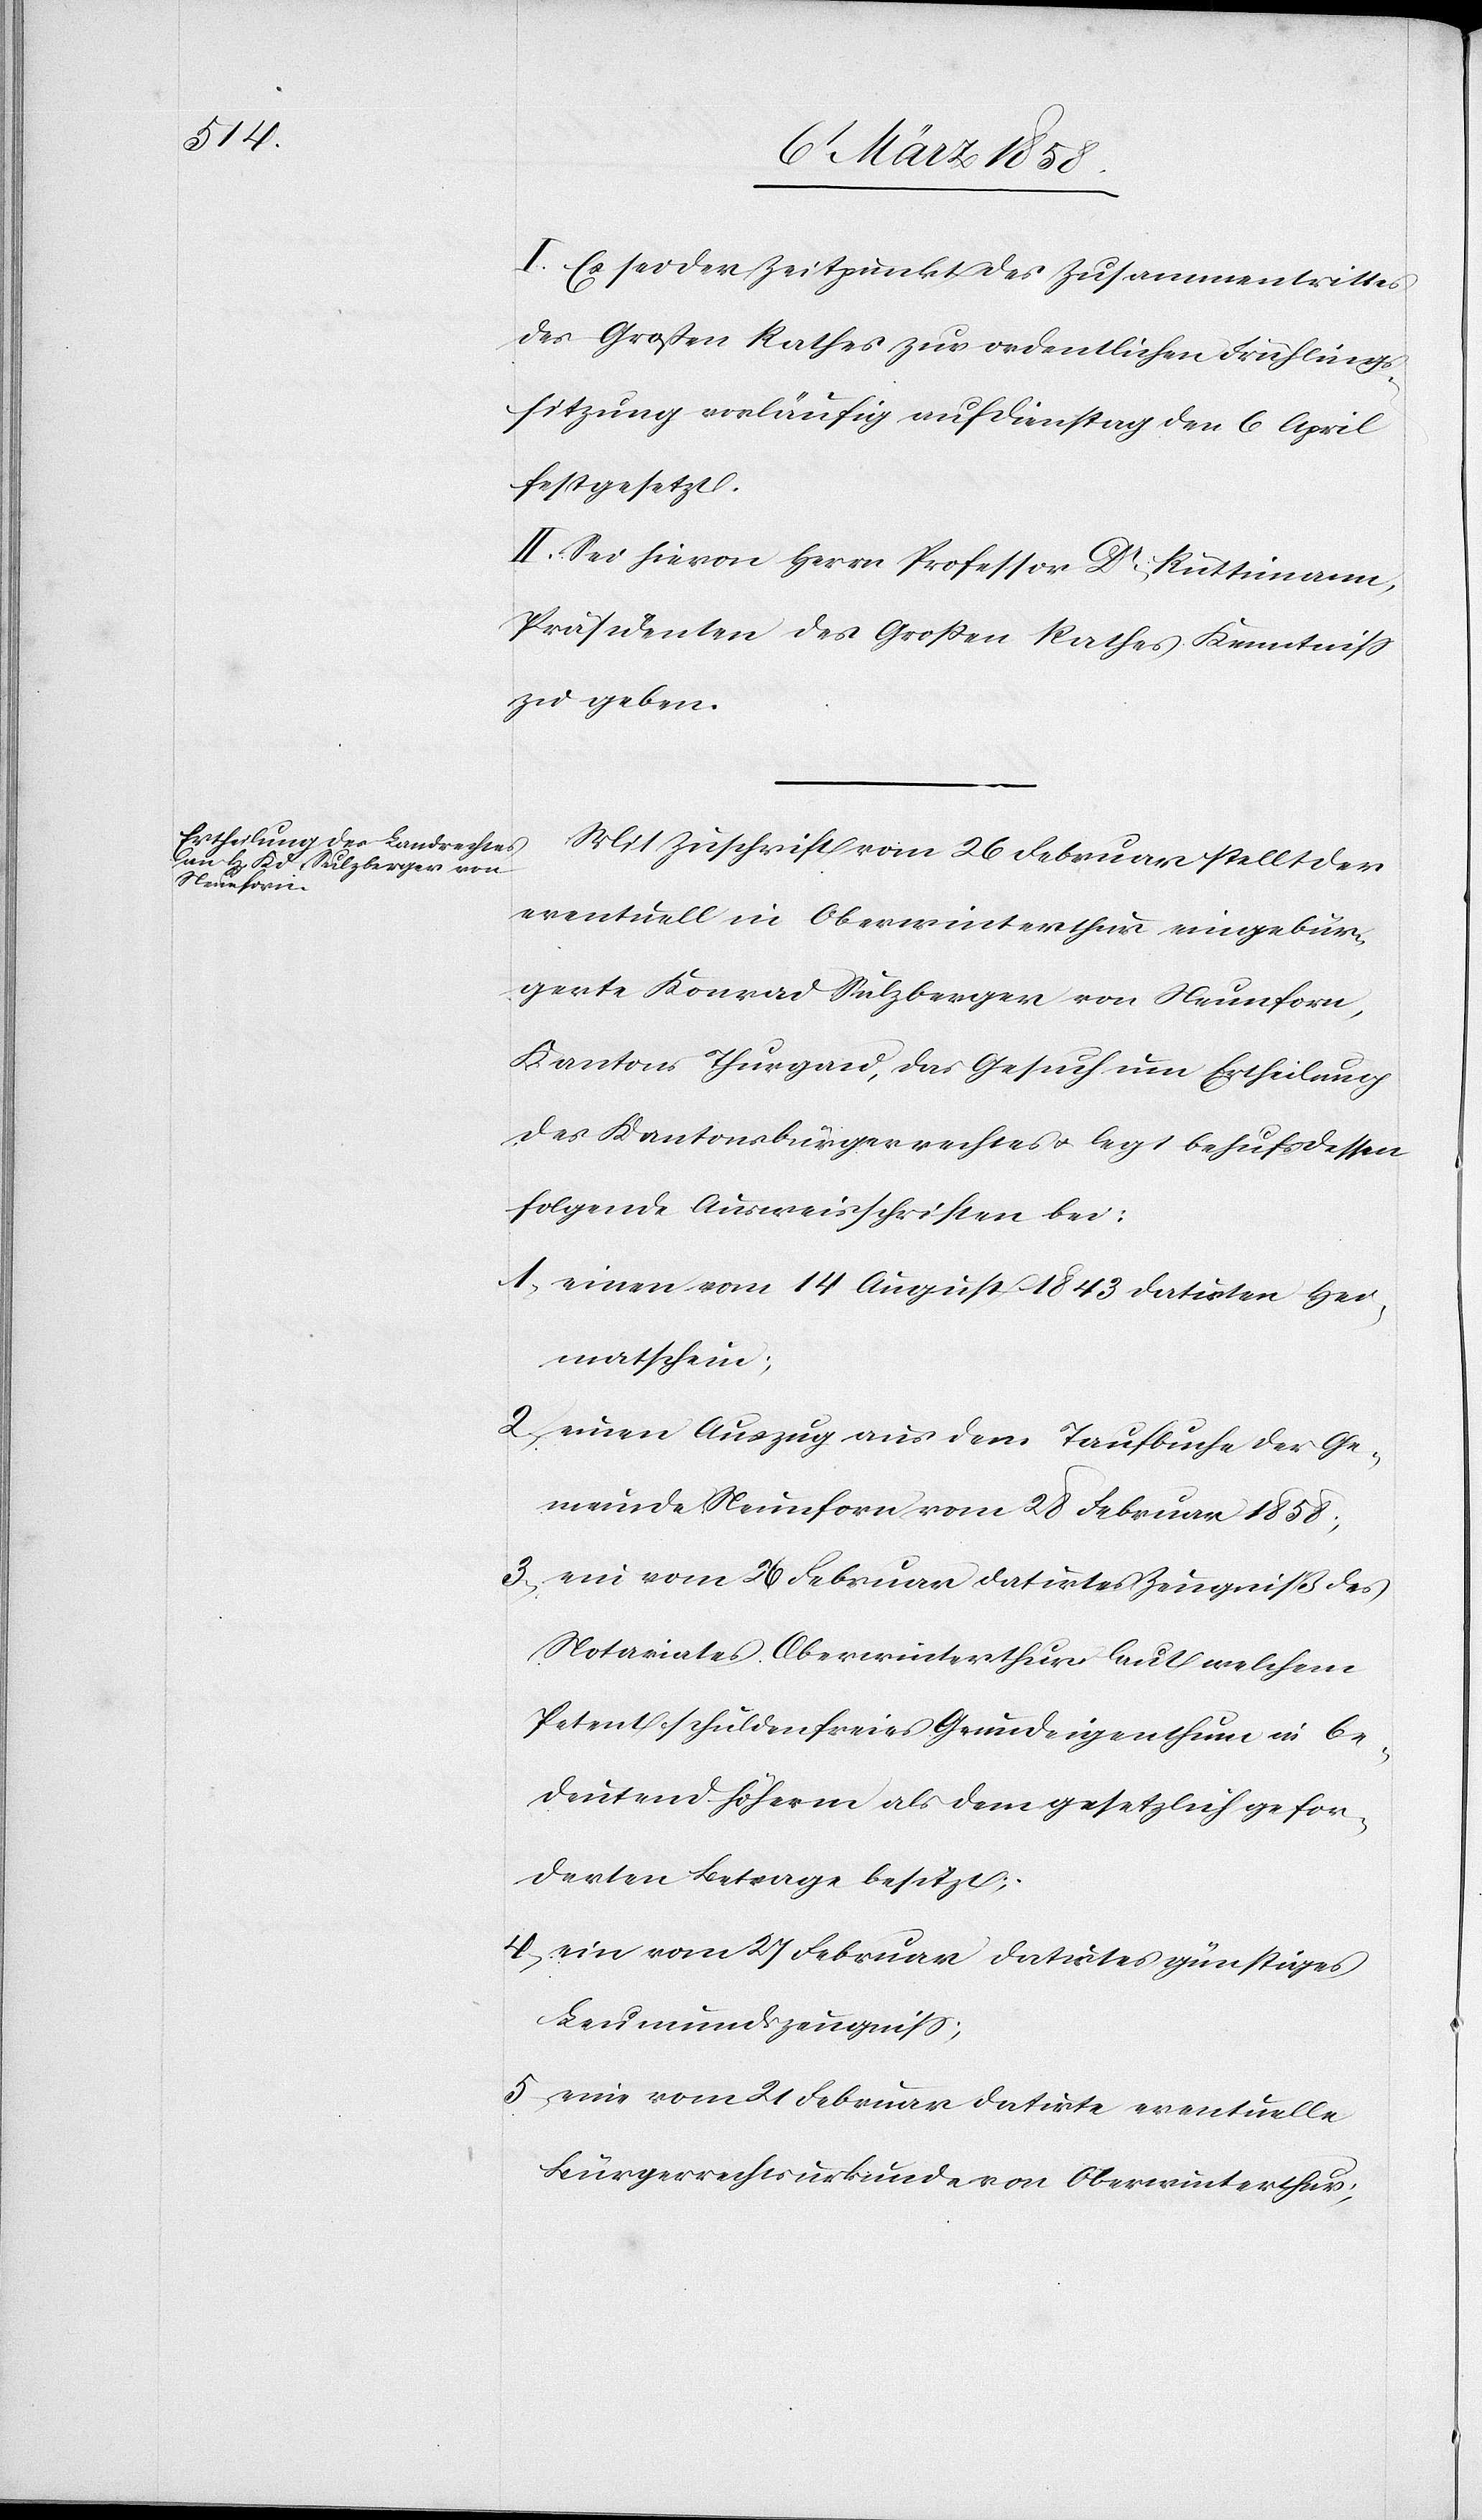
I. Es sei der Zeitpunkt des Zusammentrittes
des Großen Rathes zur ordentlichen Frühlings¬
sitzung vorläufig auf Dienstag den 6. April
festgesetzt.
II. Sei hievon Herrn Professor Dr Rüttimann,
Präsidenten des Großen Rathes Kenntniß
zu geben.
Mit Zuschrift vom 26. Februar stellt der
eventuell in Oberwinterthur eingebür¬
gerte Konrad Sulzberger von Neunforn,
Kantons Thurgau, das Gesuch um Ertheilung
des Kantonsbürgerrechtes u. legt behufs dessen
folgende Ausweisschriften bei:
1) einen vom 14. August 1843 datirten Hei¬
matschein;
2) einen Auszug aus dem Taufbuche der Ge¬
meinde Neunforn vom 28. Februar 1858;
3) ein vom 26. Februar datirtes Zeugniß des
Notariates Oberwinterthur laut welchem
Petent schuldenfreies Grundeigenthum in be¬
deutend höherm als dem gesetzlich gefor¬
derten Betrage besitzt;
4) ein vom 27. Februar datirtes günstiges
Leumundszeugniß;
5) eine vom 21. Februar datirte eventuelle
Bürgerrechtsurkunde von Oberwinterthur;